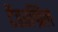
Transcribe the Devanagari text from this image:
टेंडरग्रिल